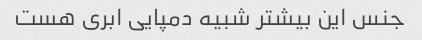
جنس این بیشتر شبیه دمپایی ابری هست